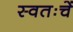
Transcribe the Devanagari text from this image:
स्वतःचें